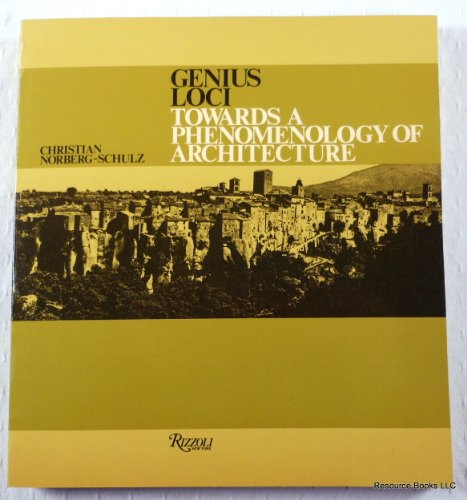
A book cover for Genius Loci: Towards a Phenomenology of Architecture; Christian Norberg-Schulz; Arts & Photography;